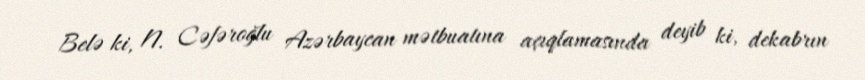
Belə ki, N. Cəfəroğlu Azərbaycan mətbuatına açıqlamasında deyib ki, dekabrın